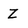
Character: Z